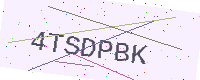
Text: 4TSDPBK